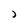
Character: J